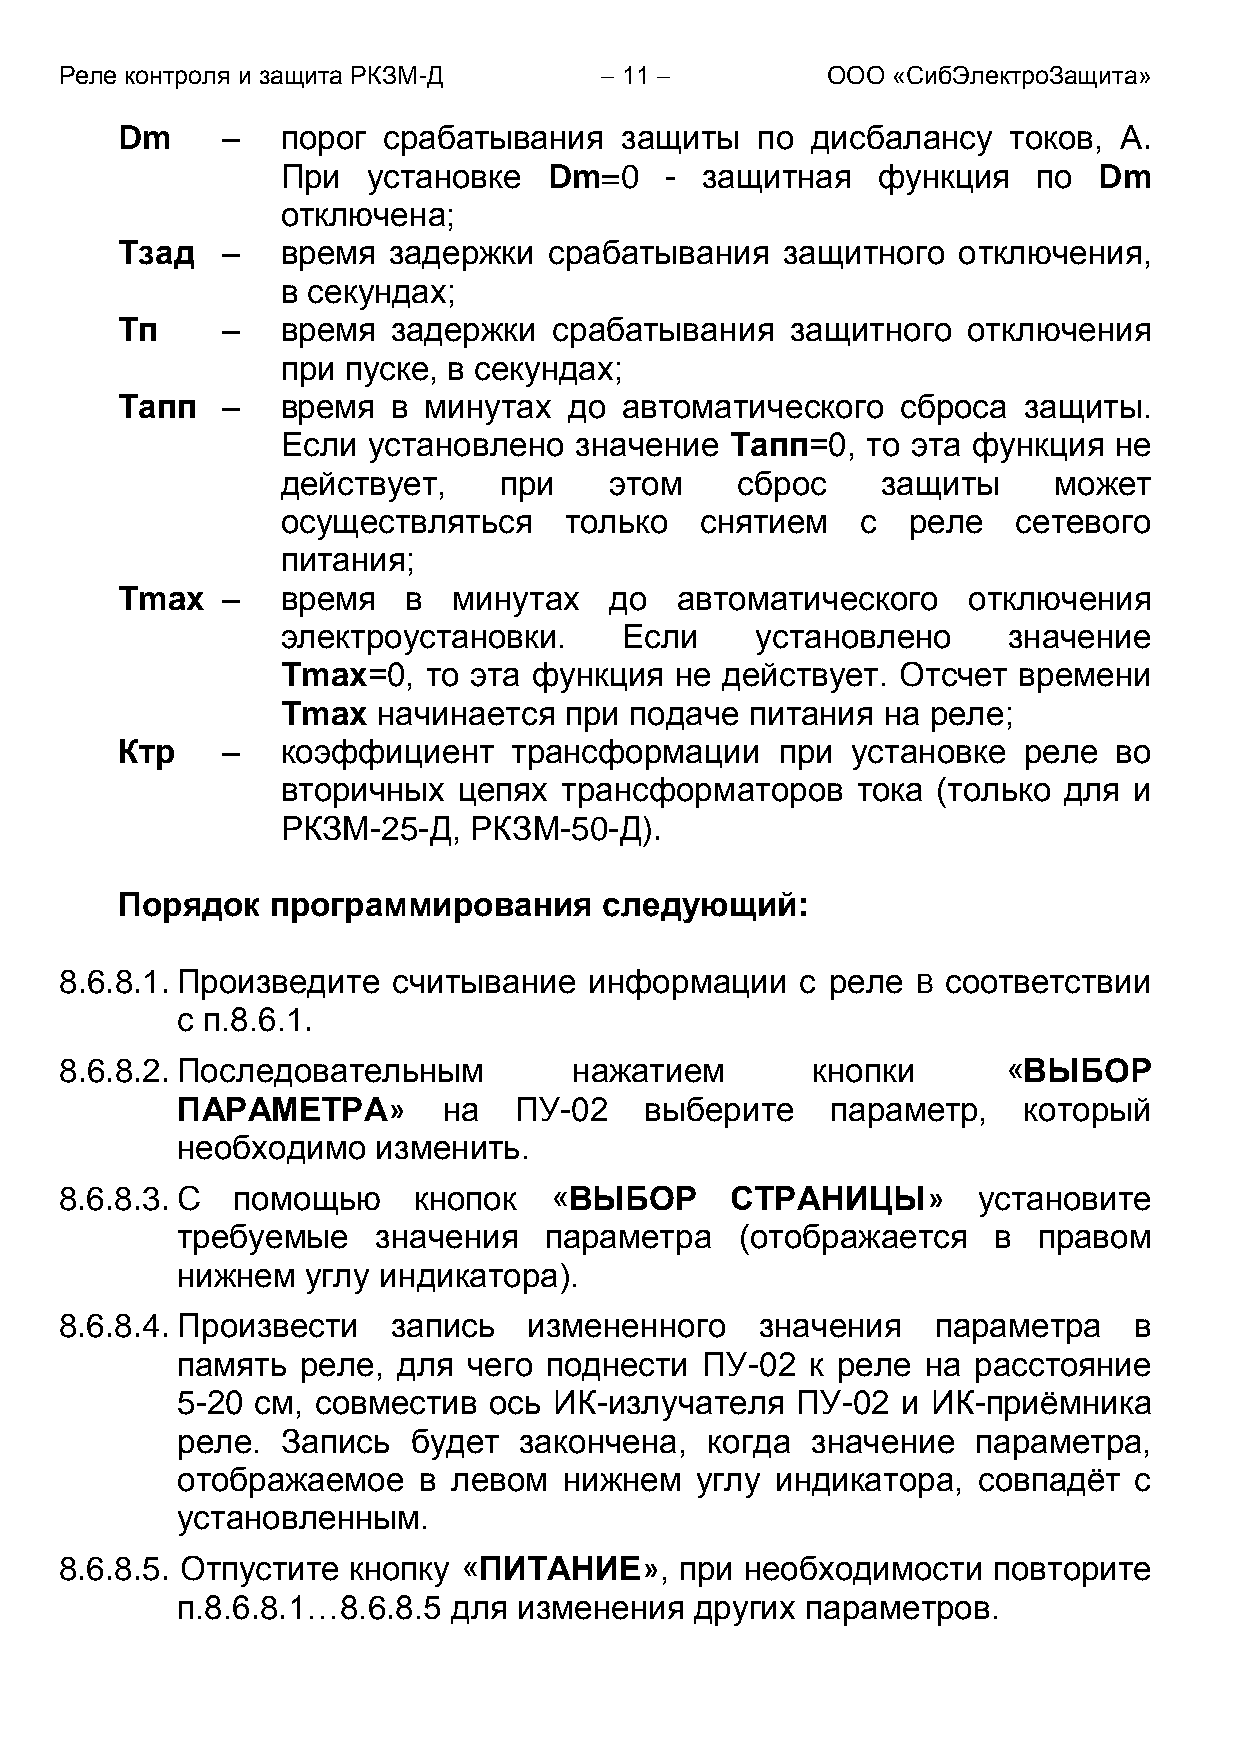
Реле контроля и защита РКЗМ-Д        11          ООО «СибЭлектроЗащита»
 Dm     –   порог срабатывания    защиты   по  дисбалансу   токов, А.
 При  установке   Dm=0    - защитная    функция    по  Dm
 отключена;
 Тзад   –   время  задержки  срабатывания    защитного  отключения,
 в секундах;
 Тп     –   время  задержки   срабатывания   защитного   отключения
 при пуске, в секундах;
 Тапп   –   время  в минутах   до автоматического    сброса  защиты.
 Если установлено   значение  Тапп=0,  то эта функция   не
 действует,    при    этом     сброс    защиты      может
 осуществляться    только   снятием    с  реле   сетевого
 питания;
 Тmax   –   время   в  минутах   до   автоматического    отключения
 электроустановки.     Если     установлено      значение
 Тmax=0,  то эта функция   не действует.  Отсчет времени
 Тmax  начинается  при  подаче  питания на  реле;
 Ктр    –   коэффициент    трансформации     при установке   реле  во
 вторичных  цепях  трансформаторов     тока (только для  и
 РКЗМ-25-Д,  РКЗМ-50-Д).
 Порядок   программирования      следующий:
 8.6.8.1. Произведите  считывание   информации    с реле  В соответствии
 с п.8.6.1.
 8.6.8.2. Последовательным         нажатием        кнопки      «ВЫБOP
 ПАРАМЕТРА»       на   ПУ-02    выберите    параметр,    который
 необходимо   изменить.
 8.6.8.3. С помощью     кнопок   «ВЫБОР      СТРАНИЦЫ»        установите
 требуемые    значения   параметра    (отображается    в  правом
 нижнем  углу индикатора).
 8.6.8.4. Произвести   запись   измененного    значения    параметра    в
 память  реле, для  чего поднести  ПУ-02   к реле на расстояние
 5-20 см, совместив  ось  ИК-излучателя   ПУ-02  и ИК-приѐмника
 реле.  Запись  будет  закончена,   когда  значение   параметра,
 отображаемое    в левом  нижнем   углу индикатора,   совпадѐт  с
 установленным.
 8.6.8.5. Отпустите кнопку «ПИТАНИЕ»,     при необходимости    повторите
 п.8.6.8.1…8.6.8.5 для изменения   других параметров.